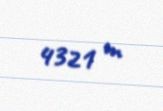
4321 m